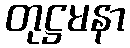
တုဋ္ဌမနာ